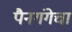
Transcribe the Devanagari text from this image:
पैनगंगेचा